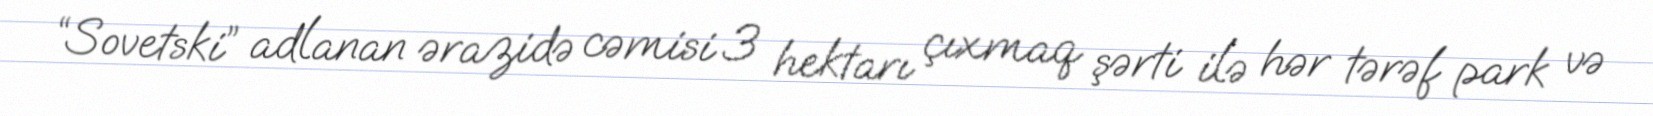
“Sovetski” adlanan ərazidə cəmisi 3 hektarı çıxmaq şərti ilə hər tərəf park və